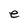
Character: e